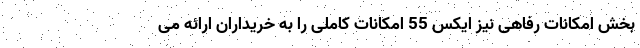
بخش امکانات رفاهی نیز ایکس 55 امکانات کاملی را به خریداران ارائه می